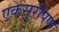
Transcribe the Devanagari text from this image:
एकसुरीपण